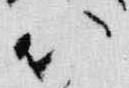
以